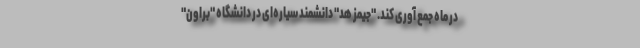
در ماه جمع آوری کند. "جیمز هد" دانشمند سیاره‌ای در دانشگاه "براون"